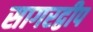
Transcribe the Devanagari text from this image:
सागरद्वीप